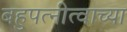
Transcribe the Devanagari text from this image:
बहुपत्नीत्वाच्या